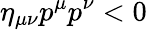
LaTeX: \eta_{\mu\nu}p^{\mu}p^{\nu}<0